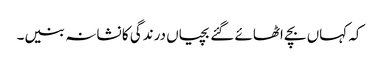
کہ کہاں بچے اٹھائے گئے بچیاں درندگی کا نشانہ بنیں۔